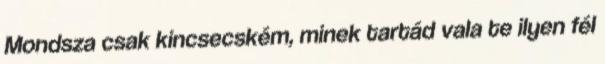
Mondsza csak kincsecském, minek tartád vala te ilyen fél